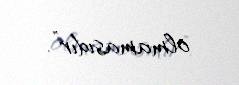
olmamasıdır”.